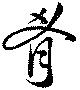
肴